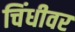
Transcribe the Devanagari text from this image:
चिंधीवर